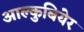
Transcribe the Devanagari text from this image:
आल्कुबियेर